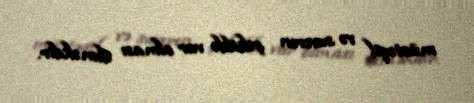
müstəqil və suveren şəkildə var olması deməkdir.